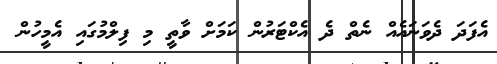
އެފަދަ ދެވަނައެއް ނެތް ދެ އެކްޓަރުން ކަމަށް ވާތީ މި ފިލްމުގައި އެމީހުން